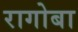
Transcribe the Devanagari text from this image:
रागोबा